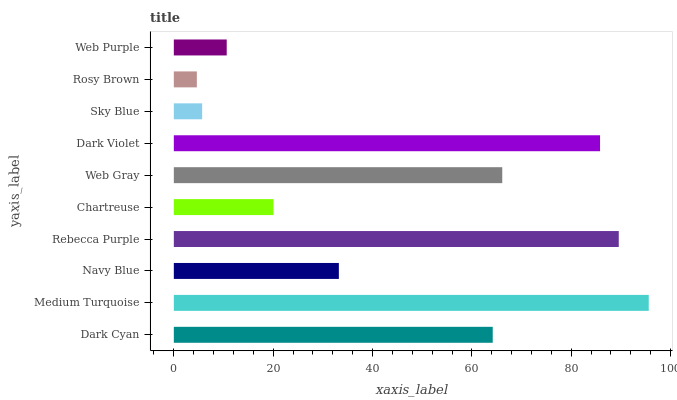
| yaxis_label | bars |
 | --- | --- |
 | Dark Cyan | 64.2 |
 | Medium Turquoise | 95.6 |
 | Navy Blue | 33.2 |
 | Rebecca Purple | 89.6 |
 | Chartreuse | 20.1 |
 | Web Gray | 66.1 |
 | Dark Violet | 85.8 |
 | Sky Blue | 5.7 |
 | Rosy Brown | 4.64 |
 | Web Purple | 10.6 |